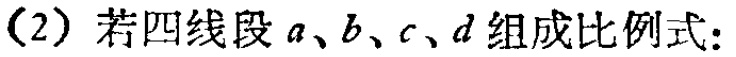
(2) 若四线段\(a、b、c、d\)组成比例式：